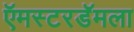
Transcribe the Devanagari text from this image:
ऍमस्टरडॅमला